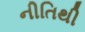
નીતિથી